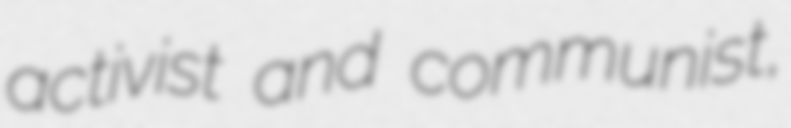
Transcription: activist and communist,